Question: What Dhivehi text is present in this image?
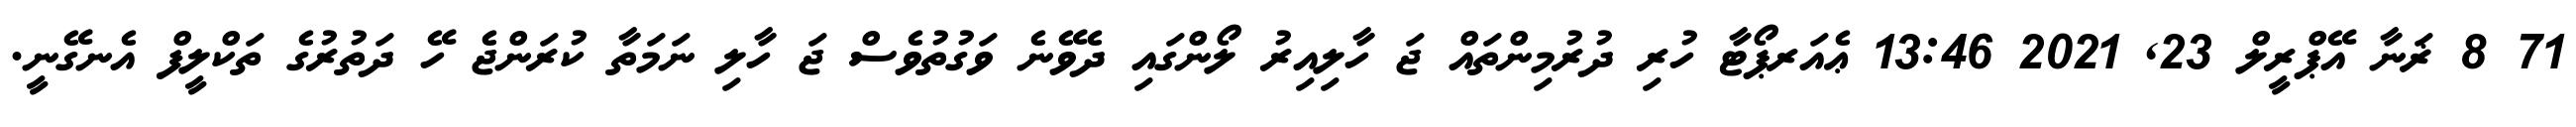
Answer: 71 8 ޜަނާ އޭޕްރީލް 23, 2021 13:46 ޢެއަރޕޯޓާ ހުރި ދުރުމިންތައް ޖަ ހާލިއިރު ލޯންގައި ދެވޭނެ ވަގުތުވެސް ޖަ ހާލި ނަމަތާ ކުރަންޖެ ހޭ ދަތުރުގެ ތަކްލީފް އެނގޭނީ.